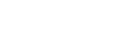
လဟုပရိဝတ္တံ